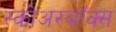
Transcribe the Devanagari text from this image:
स्कोअरबॉक्स